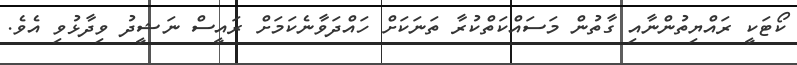
ކޯޓަކީ ރައްޔިތުންނާއި ގާތުން މަސައްކަތްކުރާ ތަނަކަށް ހައްދަވާނެކަމަށް ރައީސް ނަޝީދު ވިދާޅުވި އެވެ.